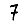
Digit: 7